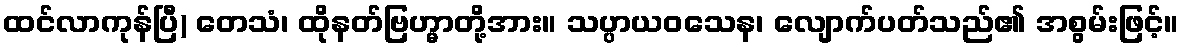
ထင်လာကုန်ပြီ) တေသံ၊ ထိုနတ်ဗြဟ္မာတို့အား။ သပ္ပာယဝသေန၊ လျောက်ပတ်သည်၏ အစွမ်းဖြင့်။